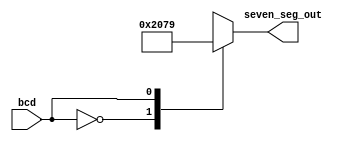
module sseg(bcd,seven_seg_out);

input wire  bcd;
output wire [6:0] seven_seg_out;

reg [6:0] seven_seg;

assign seven_seg_out = seven_seg;

always @(bcd)
 begin
  case (bcd)
   1'b0 : begin seven_seg = 7'b1000000; end
   1'b1 : begin seven_seg = 7'b1111001; end
   
  endcase
 end

endmodule